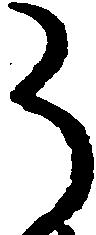
う